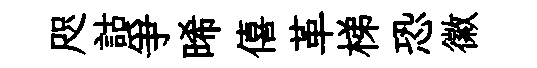
咫詁爭晞僖革梯恐徽